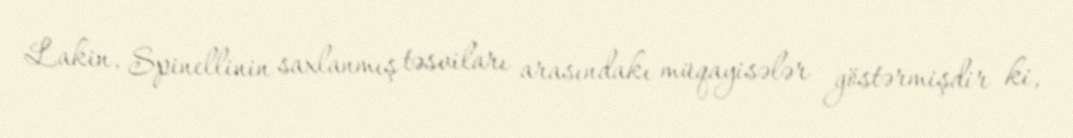
Lakin, Spinellinin saxlanmış təsviları arasındakı müqayisələr göstərmişdir ki,